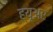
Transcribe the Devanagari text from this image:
ह्यू्अर